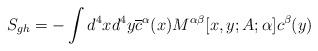
LaTeX: \begin{align*}S_{gh}=-\int d^{4}xd^{4}y\overline{c}^{\alpha }(x)M^{\alpha \beta }[x,y;A;\alpha ]c^{\beta }(y)\end{align*}